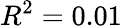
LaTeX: R^{2}=0.01